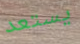
يستعد